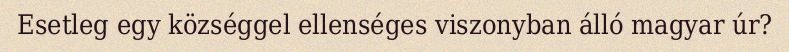
Esetleg egy községgel ellenséges viszonyban álló magyar úr?